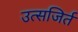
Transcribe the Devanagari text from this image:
उत्सजिर्त